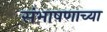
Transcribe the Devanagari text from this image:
संभाषणाच्या